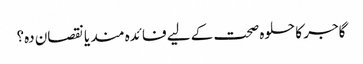
گاجر کا حلوہ صحت کے لیے فائدہ مند یا نقصان دہ؟